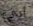
أبي